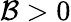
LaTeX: \mathcal{B}>0